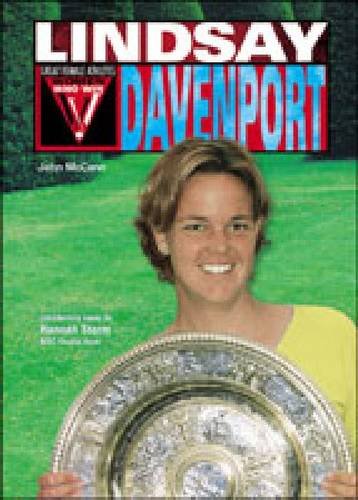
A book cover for Lindsay Davenport (WWW) (Women Who Win); John McCann; Children's Books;